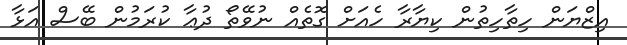
އިޒްޔަން ހިތާހިތުން ކިޔާރާ ހެއަށް ގޮތެއް ނުވޭތޯ ދުޢާ ކުރަމުން ބޭސް އަޅާ